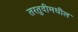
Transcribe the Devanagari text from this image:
तरतुदीमधील